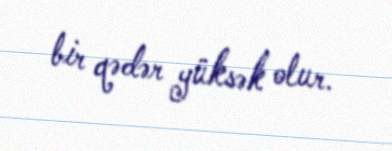
bir qədər yüksək olur.